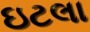
ઇટલા